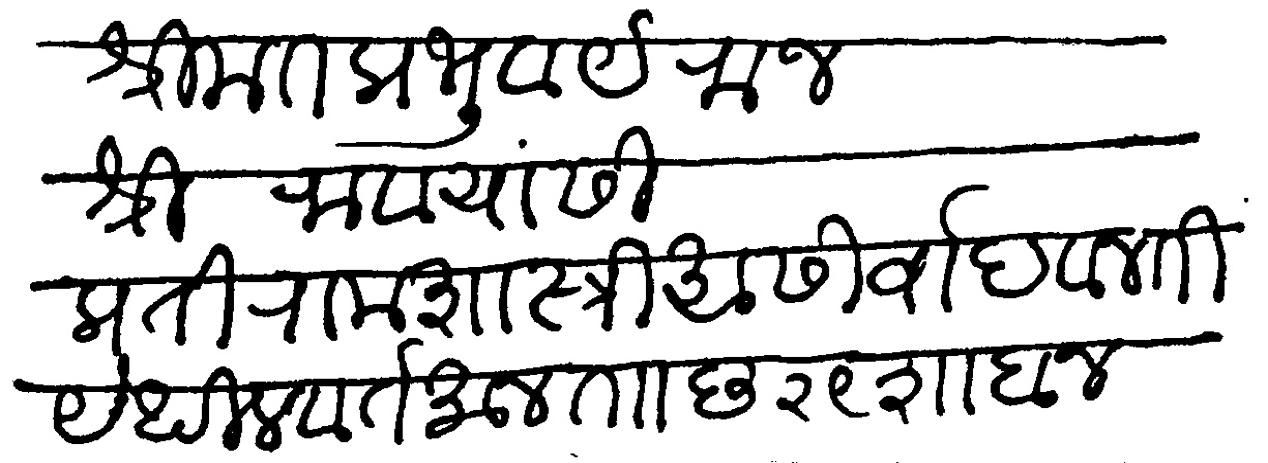
Transliteration (Devanagari): श्रीमंत प्रभूवर्य राजश्री राव यांसी प्रती रामशास्त्री आसीर्वाद विनंती येथील वर्तमान ताा छ २९ शाबान